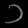
Digit: ၁